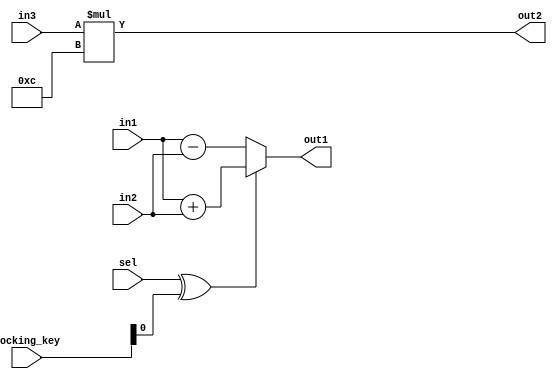
module alu_top_0_obf
(
  in1,
  in2,
  in3,
  sel,
  out1,
  out2,
  locking_key
);

  input [7:0] in1;
  input [7:0] in2;
  input [7:0] in3;
  input sel;
  output [7:0] out1;
  output [7:0] out2;
  input [7:0] locking_key;
  wire [0:0] working_key;
  assign out1 = ((sel ^ working_key[0]) == 1'b1)? in1 + in2 : in1 - in2;
  assign out2 = in3 * 8'd12;
  assign working_key = locking_key[0];

endmodule